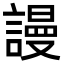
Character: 謾